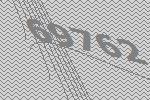
69762